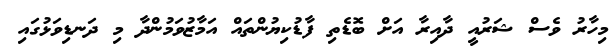
މިހާރު ވެސް ޝަރުއީ ދާއިރާ އަށް ބޮޑެތި ފާޑުކިޔުންތައް އަމާޒުވަމުންދާ މި ދަނޑިވަޅުގައި